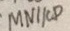
M N / / C D